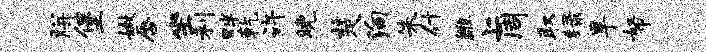
胼堡嫩唇坐利畔乾许晚楚殉朱什雒上周取绿旱帑